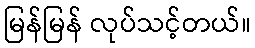
မြန်မြန် လုပ်သင့်တယ်။